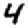
Digit: 4